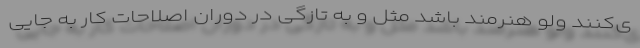
ی‌کنند ولو هنرمند باشد مثل و به تازگی در دوران اصلاحات کار به جایی